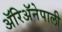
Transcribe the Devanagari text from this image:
ॲरिॲनेपाली